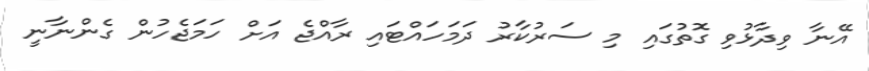
އޭނާ ވިދާޅުވި ގޮތުގައި މި ސަރުކާރު ދަމަހައްޓައި ރާއްޖެ އަށް ހަމަޖެހުން ގެންނާނީ